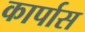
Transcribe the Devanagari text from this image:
कार्पास